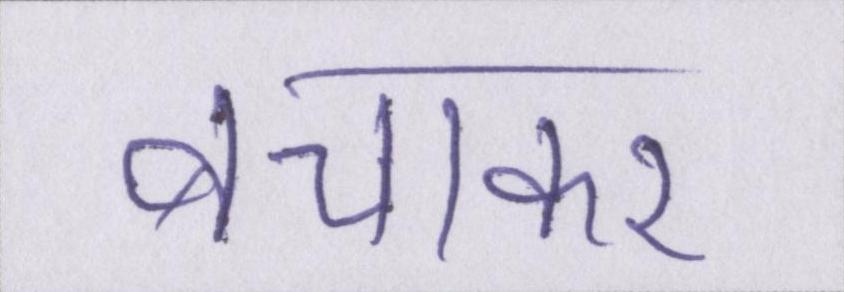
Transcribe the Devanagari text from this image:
बचाकर